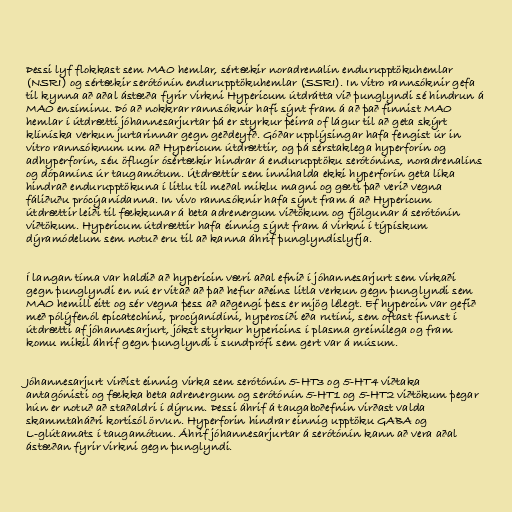
Þessi lyf flokkast sem MAO hemlar, sértækir noradrenalín endurupptökuhemlar
(NSRI) og sértækir serótónín endurupptökuhemlar (SSRI). In vitro rannsóknir gefa
til kynna að aðal ástæða fyrir virkni Hypericum útdrátta við þunglyndi sé hindrun á
MAO ensíminu. Þó að nokkrar rannsóknir hafi sýnt fram á að það finnist MAO
hemlar í útdrætti jóhannesarjurtar þá er styrkur þeirra of lágur til að geta skýrt
klíníska verkun jurtarinnar gegn geðdeyfð. Góðar upplýsingar hafa fengist úr in
vitro rannsóknum um að Hypericum útdrættir, og þá sérstaklega hyperforín og
adhyperforín, séu öflugir ósértækir hindrar á endurupptöku serótóníns, noradrenalíns
og dópamíns úr taugamótum. Útdrættir sem innihalda ekki hyperforín geta líka
hindrað endurupptökuna í litlu til meðal miklu magni og gæti það verið vegna
fáliðuðu prócýanídanna. In vivo rannsóknir hafa sýnt fram á að Hypericum
útdrættir leiði til fækkunar á beta adrenergum viðtökum og fjölgunar á serótónín
viðtökum. Hypericum útdrættir hafa einnig sýnt fram á virkni í týpískum
dýramódelum sem notuð eru til að kanna áhrif þunglyndislyfja.

Í langan tíma var haldið að hypericin væri aðal efnið í jóhannesarjurt sem virkaði
gegn þunglyndi en nú er vitað að það hefur aðeins litla verkun gegn þunglyndi sem
MAO hemill eitt og sér vegna þess að aðgengi þess er mjög lélegt. Ef hypercin var gefið
með pólýfenól epicatechini, procýanídíni, hyperosíði eða rutíni, sem oftast finnst í
útdrætti af jóhannesarjurt, jókst styrkur hypericins í plasma greinilega og fram
komu mikil áhrif gegn þunglyndi í sundprófi sem gert var á músum.

Jóhannesarjurt virðist einnig virka sem serótónín 5-HT3 og 5-HT4 viðtaka
antagónisti og fækka beta adrenergum og serótónín 5-HT1 og 5-HT2 viðtökum þegar
hún er notuð að staðaldri í dýrum. Þessi áhrif á taugaboðefnin virðast valda
skammtaháðri kortisól örvun. Hyperforin hindrar einnig upptöku GABA og
L-glútamats í taugamótum. Áhrif jóhannesarjurtar á serótónín kann að vera aðal
ástæðan fyrir virkni gegn þunglyndi.